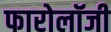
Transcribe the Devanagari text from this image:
फारोलॉजी